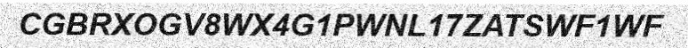
CGBRXOGV8WX4G1PWNL17ZATSWF1WF